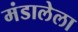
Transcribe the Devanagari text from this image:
मंडालेला